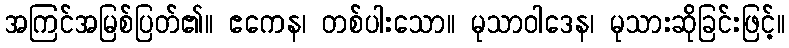
အကြင်အမြစ်ပြတ်၏။ ဧကေန၊ တစ်ပါးသော။ မုသာဝါဒေန၊ မုသားဆိုခြင်းဖြင့်။